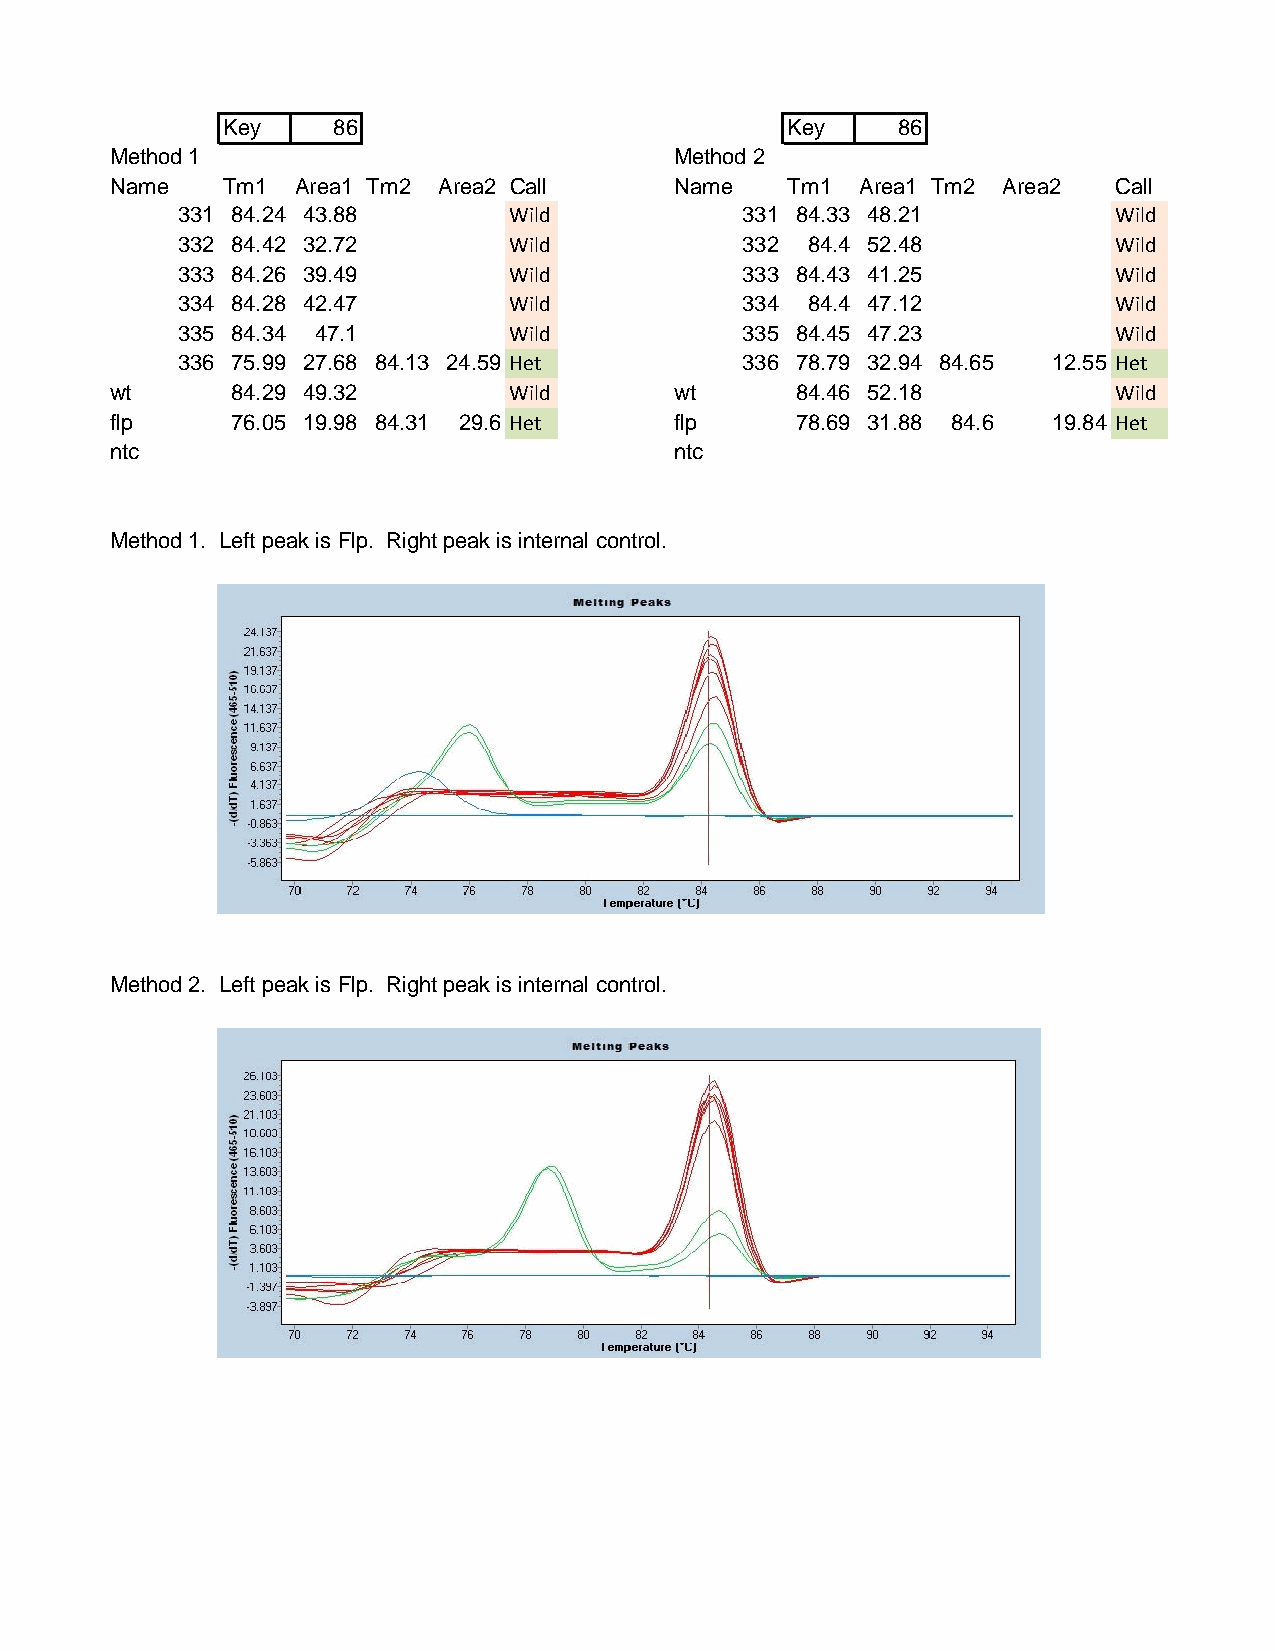
Key    86                            Key    86
 Method 1                              Method 2
 Name    Tm1  Area1 Tm2 Area2 Call     Name   Tm1  Area1 Tm2 Area2  Call
 331 84.24 43.88       Wild           331 84.33 48.21          Wild
 332 84.42 32.72       Wild           332 84.4 52.48           Wild
 333 84.26 39.49       Wild           333 84.43 41.25          Wild
 334 84.28 42.47       Wild           334 84.4 47.12           Wild
 335 84.34 47.1        Wild           335 84.45 47.23          Wild
 336 75.99 27.68 84.13 24.59 Het      336 78.79 32.94 84.65 12.55 Het
 wt      84.29 49.32        Wild       wt      84.46 52.18          Wild
 flp     76.05 19.98 84.31 29.6 Het    flp     78.69 31.88 84.6 19.84 Het
 ntc                                   ntc
 Method 1. Left peak is Flp. Right peak is internal control.
 Method 2. Left peak is Flp. Right peak is internal control.